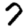
Digit: 7